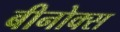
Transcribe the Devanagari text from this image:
बीनोक्स